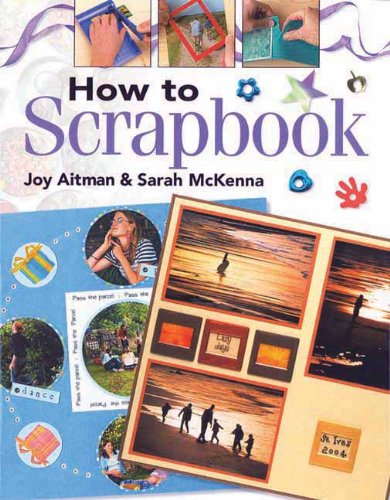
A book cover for How to Scrapbook; Joy Aitman; Crafts, Hobbies & Home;